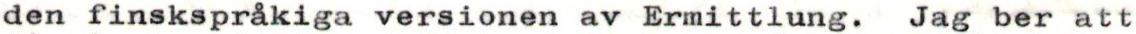
den finskspråkiga versionen av Ermittlung. Jag ber att